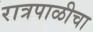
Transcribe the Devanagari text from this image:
रात्रपाळीचा